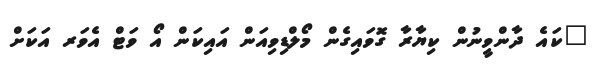
"ކައެ ދާންވީނުން ކިޔާރާ ގޮވައިގެން މޯލްޑިވިއަން އައިކަން އޯ ވަޓް އެވަރ އަކަށް